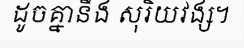
ដូចគ្នានឹង សុរិយវង្ស។